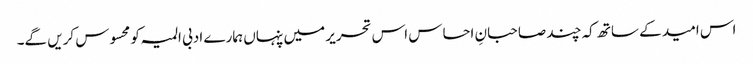
اس امید کے ساتھ کہ چند صاحبانِ احساس اس تحریر میں پنہاں ہمارے ادبی المیہ کو محسوس کریں گے۔